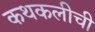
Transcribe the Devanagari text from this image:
कथकलीची